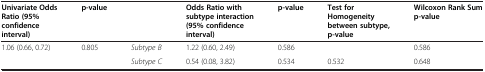
| Univariate Odds Ratio (95% confidence interval) | p-value |  | Odds Ratio with subtype interaction (95% confidence interval) | p-value | Test for Homogeneity between subtype, p-value | Wilcoxon Rank Sum p-value |
 | --- | --- | --- | --- | --- | --- | --- |
 | 1.06 (0.66, 0.72) | 0.805 | Subtype B | 1.22 (0.60, 2.49) | 0.586 |  | 0.586 |
 |  |  | Subtype C | 0.54 (0.08, 3.82) | 0.534 | 0.532 | 0.648 |